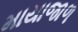
માયાજાળ